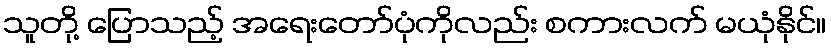
သူတို့ ပြောသည့် အရေးတော်ပုံကိုလည်း စကားလက် မယုံနိုင်။